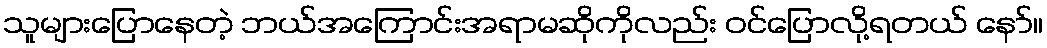
သူများပြောနေတဲ့ ဘယ်အကြောင်းအရာမဆိုကိုလည်း ဝင်ပြောလို့ရတယ် နော်။